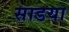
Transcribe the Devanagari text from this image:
साडया